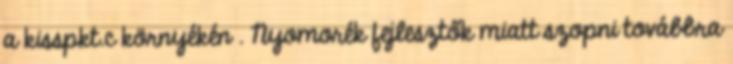
a kisspkt.c környékén . Nyomorék fejlesztők miatt szopni továbbra